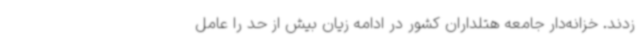
زدند. خزانه‌دار جامعه هتلداران کشور در ادامه زیان بیش از حد را عامل